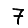
Digit: 7